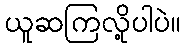
ယူဆကြလို့ပါပဲ။